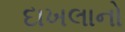
દાખલાનો